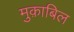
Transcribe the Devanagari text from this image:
मुक़ाबिल